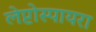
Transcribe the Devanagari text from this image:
लेप्टोस्पायरा